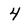
Character: 4